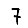
Digit: 7